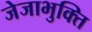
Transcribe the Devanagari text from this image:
जेजाभुक्ति